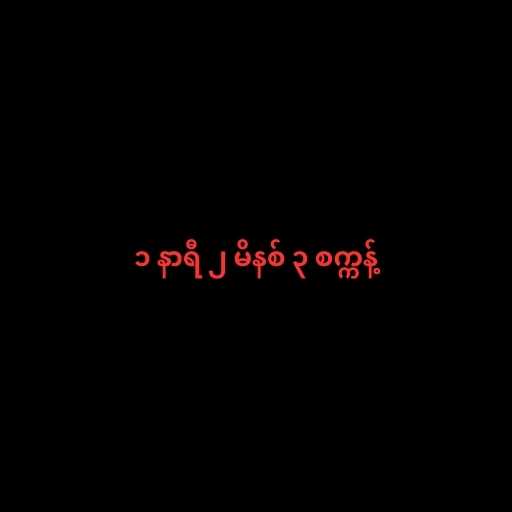
၁ နာရီ ၂ မိနစ် ၃ စက္ကန့်